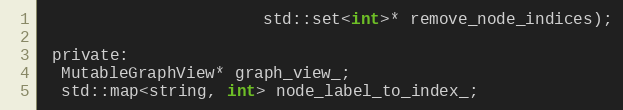
Language: C
                       std::set<int>* remove_node_indices);

 private:
  MutableGraphView* graph_view_;
  std::map<string, int> node_label_to_index_;